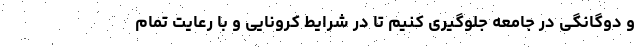
و دوگانگی در جامعه جلوگیری کنیم تا در شرایط کرونایی و با رعایت تمام